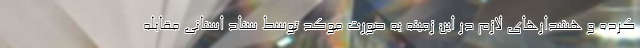
کرده و هشدارهای لازم در این زمینه به صورت موکد توسط ستاد استانی مقابله